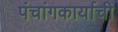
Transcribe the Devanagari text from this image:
पंचांगकार्याची